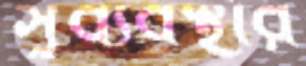
সুব্যবস্থার